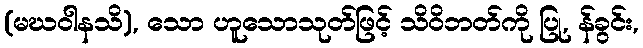
(မဃဝါနသိ), သော ဟူသောသုတ်ဖြင့် သိဝိဘတ်ကို ပြု, န်ခွင်း,